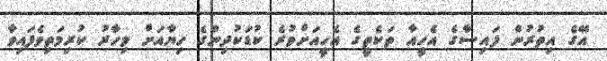
އޭގެ އިތުރުން ފައިސާގެ އެހީއާ ތަކެތީގެ އެހީއަށްވުރެ ކުޑަކުދިންގެ ހިޔާއަށް މިހާރު ކުރިމަތިވެފައިވާ